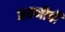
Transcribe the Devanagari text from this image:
अग्रणीची